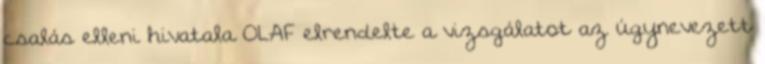
csalás elleni hivatala OLAF elrendelte a vizsgálatot az úgynevezett